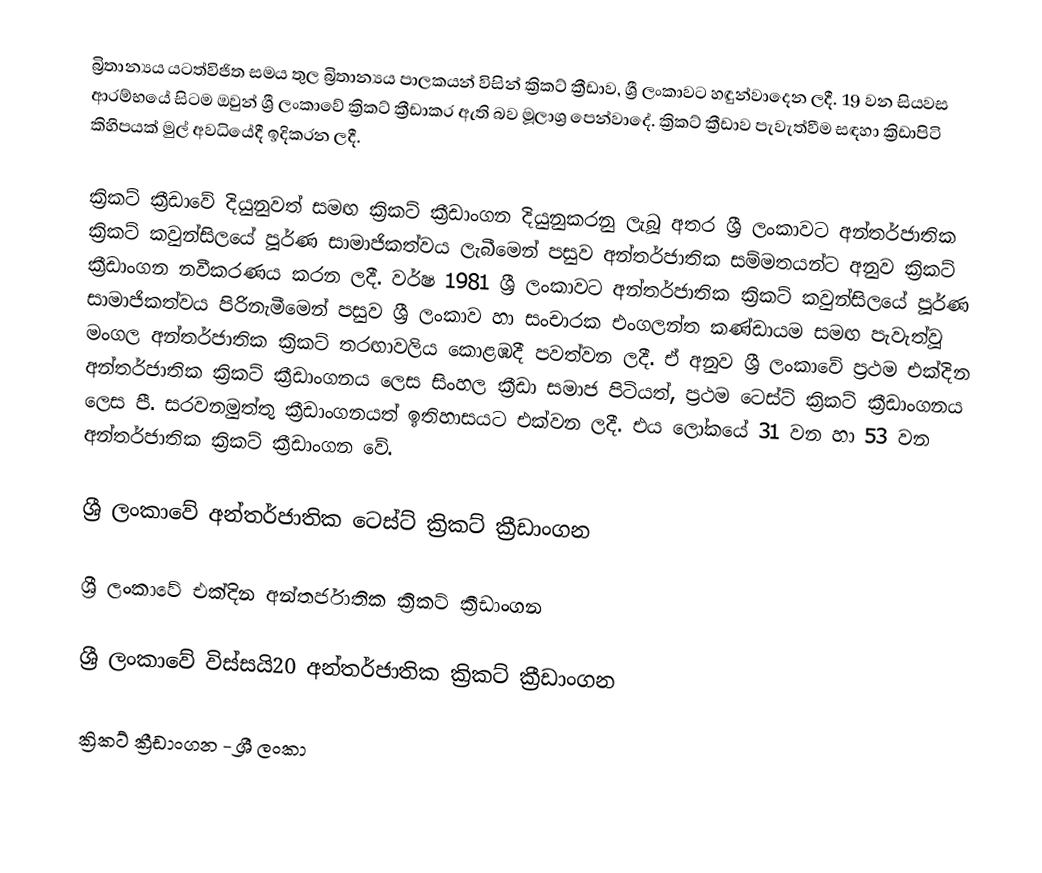
බ්‍රිතාන්‍යය යටත්විජිත සමය තුල බ්‍රිතාන්‍යය පාලකයන් විසින් ක්‍රිකට් ක්‍රීඩාව, ශ්‍රී ලංකාවට හඳුන්වාදෙන ලදී. 19 වන සියවස ආරම්භයේ සිටම ඔවුන් ශ්‍රී ලංකාවේ ක්‍රිකට් ක්‍රීඩාකර ඇති බව මූලාශ්‍ර පෙන්වාදේ. ක්‍රිකට් ක්‍රීඩාව පැවැත්වීම සඳහා ක්‍රිඩාපිටි කිහිපයක් මුල් අවධියේදී ඉදිකරන ලදී.

ක්‍රිකට් ක්‍රීඩාවේ දියුනුවත් සමඟ ක්‍රිකට් ක්‍රීඩාංගන දියුනුකරනු ලැබූ අතර ශ්‍රී ලංකාවට අන්තර්ජාතික ක්‍රිකට් කවුන්සිලයේ පූර්ණ සාමාජිකත්වය ලැබීමෙන් පසුව අන්තර්ජාතික  සම්මතයන්ට අනුව ක්‍රිකට් ක්‍රීඩාංගන නවීකරණය කරන ලදී. වර්ෂ 1981 ශ්‍රී ලංකාවට අන්තර්ජාතික ක්‍රිකට් කවුන්සිලයේ පූර්ණ සාමාජිකත්වය පිරිනැමීමෙන් පසුව ශ්‍රී ලංකාව හා සංචාරක එංගලන්ත කණ්ඩායම සමඟ පැවැත්වූ මංගල අන්තර්ජාතික ක්‍රිකට් තරඟාවලිය කොළඹදී පවත්වන ලදී. ඒ අනුව ශ්‍රී ලංකාවේ ප්‍රථම එක්දින අන්තර්ජාතික ක්‍රිකට් ක්‍රීඩාංගනය ලෙස සිංහල ක්‍රීඩා සමාජ පිටියත්, ප්‍රථම ටෙස්ට් ක්‍රිකට් ක්‍රීඩාංගනය ලෙස පී. සරවනමුත්තු ක්‍රීඩාංගනයත් ඉතිහාසයට එක්වන ලදී. එය ලෝකයේ 31 වන හා 53 වන අන්තර්ජාතික ක්‍රිකට් ක්‍රීඩාංගන වේ.

ශ්‍රී ලංකාවේ අන්තර්ජාතික ටෙස්ට් ක්‍රිකට් ක්‍රීඩාංගන

ශ්‍රී ලංකාවේ එක්දින අන්තර්ජාතික ක්‍රිකට් ක්‍රීඩාංගන

ශ්‍රී ලංකාවේ විස්සයි20 අන්තර්ජාතික ක්‍රිකට් ක්‍රීඩාංගන

ක්‍රිකට් ක්‍රීඩාංගන - ශ්‍රී ලංකා